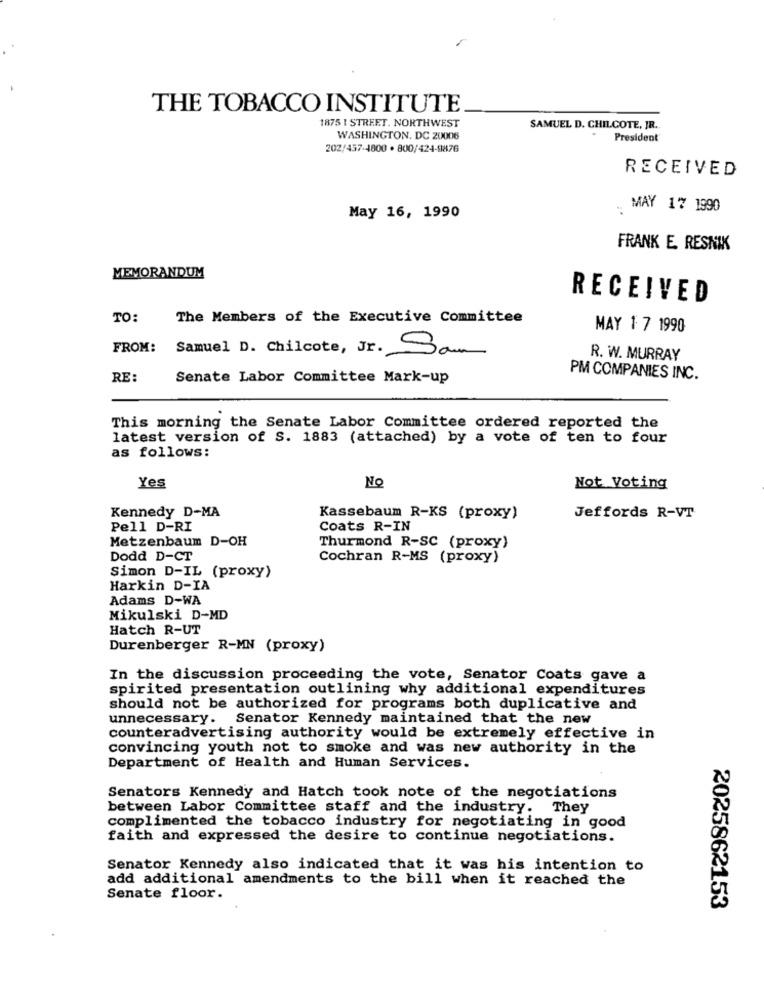
THE TOBACCO INSTITUTE
1875 1 STREET. NORTHWEST
SAMUEL D. CHILCOTE, JR ..
WASHINGTON, DC 20006
President
202/457-4800 . 800/424-9876
RECEIVED
MAY 17 1990
May 16, 1990
FRANK E. RESMIK
MEMORANDUM
RECEIVED
TO:
The Members of the Executive Committee
MAY 1 7 1990
FROM:
Samuel D. Chilcote, Jr. Sam
R. W. MURRAY
RE:
Senate Labor Committee Mark-up
PM COMPANIES INC.
This morning the Senate Labor Committee ordered reported the
latest version of S. 1883 (attached) by a vote of ten to four
as follows:
Yes
No
Not Voting
Kennedy D-MA
Kassebaum R-KS (proxy)
Jeffords R-VT
Pell D-RI
Coats R-IN
Metzenbaum D-OH
Thurmond R-SC (proxy)
Dodd D-CT
Cochran R-MS (proxy)
Simon D-IL (proxy)
Harkin D-IA
Adams D-WA
Mikulski D-MD
Hatch R-UT
Durenberger R-MN (proxy)
In the discussion proceeding the vote, Senator Coats gave a
spirited presentation outlining why additional expenditures
should not be authorized for programs both duplicative and
unnecessary. Senator Kennedy maintained that the new
counteradvertising authority would be extremely effective in
convincing youth not to smoke and was new authority in the
Department of Health and Human Services.
Senators Kennedy and Hatch took note of the negotiations
between Labor Committee staff and the industry.
They
complimented the tobacco industry for negotiating in good
faith and expressed the desire to continue negotiations.
Senator Kennedy also indicated that it was his intention to
add additional amendments to the bill when it reached the
Senate floor.
2025862153